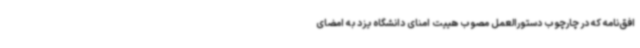
افق‌نامه که در چارچوب دستورالعمل مصوب هییت امنای دانشگاه یزد به امضای